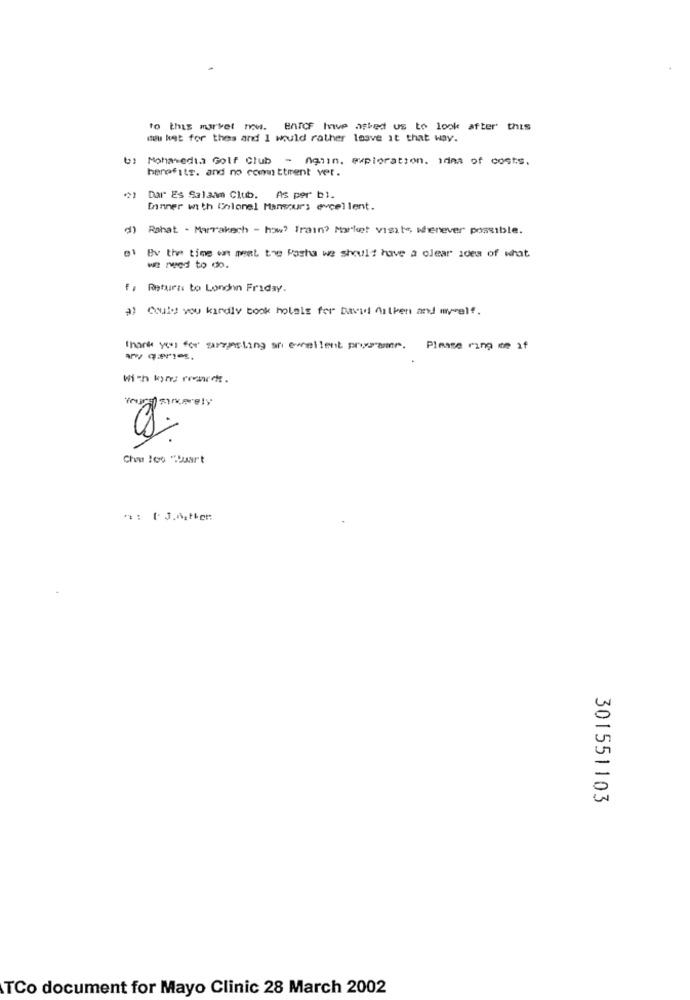
to this market now. BATCF hve asked us to look after this
mu het for thes and I would rather losve it that way.
Mohavedia Golf Club - Aghin, exploration. idea of costs.
herefits. and no committrent ver.
Dar Es Salaam Club. As per b).
Inmner with Colonel Mansours excellent.
d) Rahat - Marrakech - how? Train? Market visits whenever possible.
01 By the time on meat the Pasha we should have a clear idea of what
we need to do.
f: Returns to London Friday.
a> Could you kindly book holals for David Authen and myself.
Thank you for surgesling an excellent programs. Please ring me af
- ques.
With kyrs rovarckr.
Cho los "Duart
301551103
TCo document for Mayo Clinic 28 March 2002